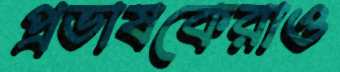
প্রভাষকেরাও